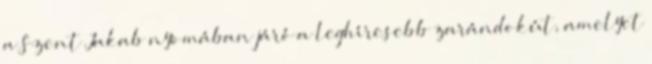
a Szent Jakab nyomában járó a leghíresebb zarándokút, amelyet